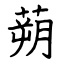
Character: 蒴